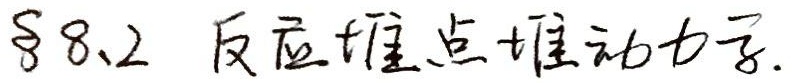
§8.2 反应堆点堆动力学